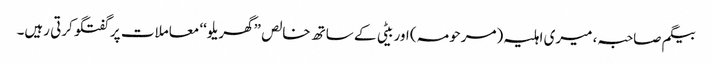
بیگم صاحبہ، میری اہلیہ (مرحومہ) اور بیٹی کے ساتھ خالص ”گھریلو‘‘ معاملات پر گفتگو کرتی رہیں۔